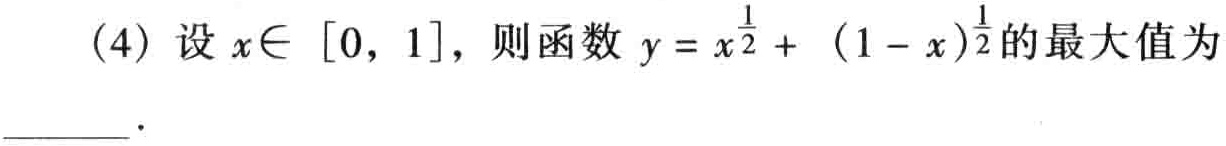
(4) 设 \(x\in [0,1]\)，则函数 \(y = x^{\frac{1}{2}}+(1 - x)^{\frac{1}{2}}\) 的最大值为  ．